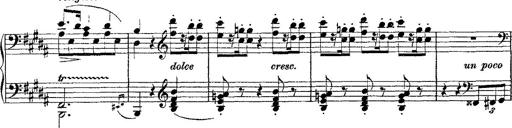
Title: Fantaisie romantique sur deux mÃ©lodies suisses
Composer: Franz Liszt